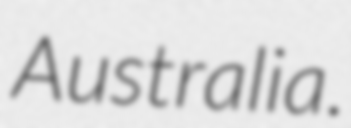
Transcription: Australia.